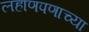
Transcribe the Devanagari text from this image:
लहाणपणाच्या